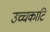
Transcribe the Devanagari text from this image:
उच्चकाटि